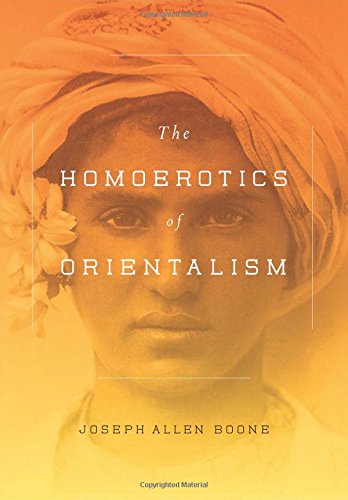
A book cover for The Homoerotics of Orientalism; Joseph A. Boone; Gay & Lesbian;